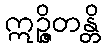
ဣဉ္ဇိတန္တိ